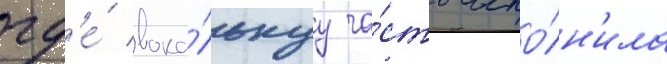
гд'е́ вока́льнуу ча́сть испо́лн'ила